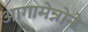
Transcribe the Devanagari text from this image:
आगामेन्नोने